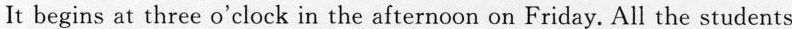
It begins at three o'clock in the afternoon on Friday. All the students